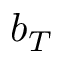
b _ { T }